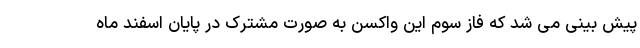
پیش بینی می شد که فاز سوم این واکسن به صورت مشترک در پایان اسفند ماه